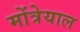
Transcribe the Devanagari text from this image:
मोंत्रेयाल